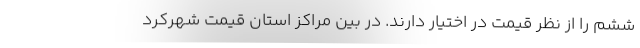
ششم را از نظر قیمت در اختیار دارند. در بین مراکز استان قیمت شهرکرد